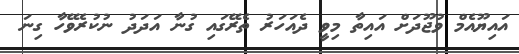
އައިޔޫއެމް ވުޖޫދަށް އައިތާ މިވީ ދެއަހަރު ތެރޭގައި ގުނާ އަދަދު ނުކުރެވޭހާ ގިނަ